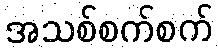
အသစ်စက်စက်